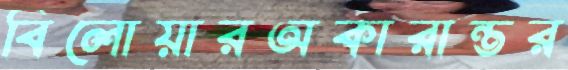
বিলোয়ারঅকারান্তর